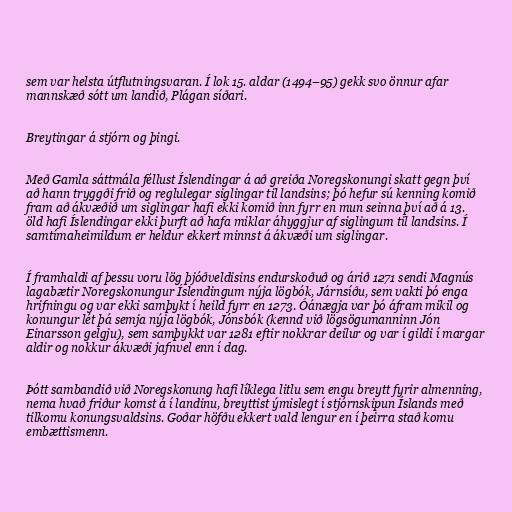
sem var helsta útflutningsvaran. Í lok 15. aldar (1494–95) gekk svo önnur afar
mannskæð sótt um landið, Plágan síðari.

Breytingar á stjórn og þingi.

Með Gamla sáttmála féllust Íslendingar á að greiða Noregskonungi skatt gegn því
að hann tryggði frið og reglulegar siglingar til landsins; þó hefur sú kenning komið
fram að ákvæðið um siglingar hafi ekki komið inn fyrr en mun seinna því að á 13.
öld hafi Íslendingar ekki þurft að hafa miklar áhyggjur af siglingum til landsins. Í
samtímaheimildum er heldur ekkert minnst á ákvæði um siglingar.

Í framhaldi af þessu voru lög þjóðveldisins endurskoðuð og árið 1271 sendi Magnús
lagabætir Noregskonungur Íslendingum nýja lögbók, Járnsíðu, sem vakti þó enga
hrifningu og var ekki samþykt í heild fyrr en 1273. Óánægja var þó áfram mikil og
konungur lét þá semja nýja lögbók, Jónsbók (kennd við lögsögumanninn Jón
Einarsson gelgju), sem samþykkt var 1281 eftir nokkrar deilur og var í gildi í margar
aldir og nokkur ákvæði jafnvel enn í dag.

Þótt sambandið við Noregskonung hafi líklega litlu sem engu breytt fyrir almenning,
nema hvað friður komst á í landinu, breyttist ýmislegt í stjórnskipun Íslands með
tilkomu konungsvaldsins. Goðar höfðu ekkert vald lengur en í þeirra stað komu
embættismenn.